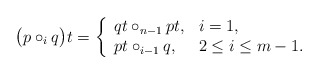
\begin{align*} \big( p \circ_i q \big) t = \left\{ \begin{array}{ll} qt \circ_{n-1} pt, & i = 1, \\ pt \circ_{i-1} q, & 2\leq i \leq m-1. \end{array} \right.\end{align*}